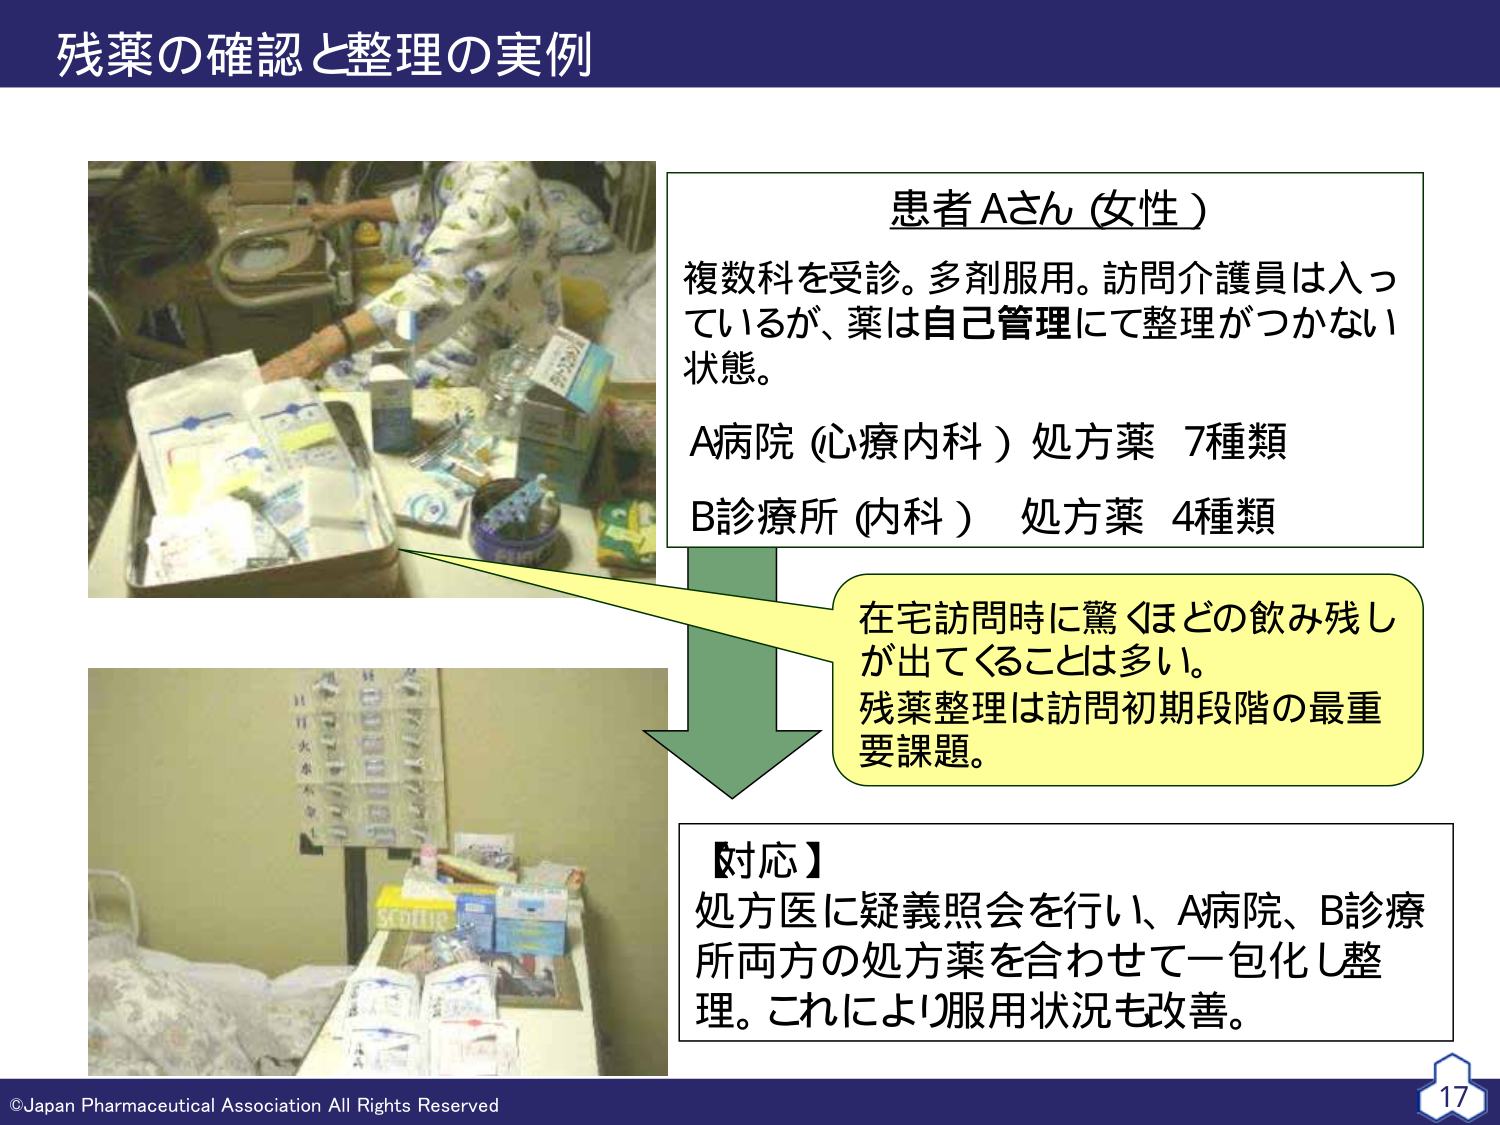
残薬の確認と整理の実例

患者Aさん（女性）
複数科を受診。多剤服用。訪問介護員は入っているが、薬は自己管理にて整理がつかない状態。
A病院（心療内科）処方薬 7種類
B診療所（内科）処方薬 4種類

在宅訪問時に驚くほどの飲み残しが出てくることは多い。
残薬整理は訪問初期段階の最重要課題。

【対応】
処方医に疑義照会を行い、A病院、B診療所両方の処方薬を合わせて一包化し整理。これにより服用状況も改善。

©Japan Pharmaceutical Association All Rights Reserved
17